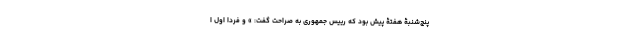
پنج‌شنبۀ هفتۀ پیش بود که رییس جمهوری به صراحت گفت: » و فردا اول ا